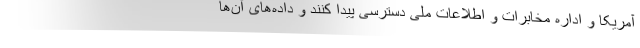
آمریکا و اداره مخابرات و اطلاعات ملی دسترسی پیدا کنند و داده‌های آن‌ها